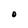
Character: O